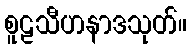
စူဠသီဟနာဒသုတ်။